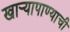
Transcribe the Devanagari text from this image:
खार्‍यापाण्याची